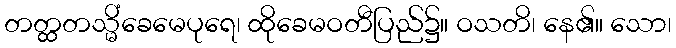
တတ္ထတသ္မိံခေမေပုရေ၊ ထိုခေမဝတီပြည်၌။ ဝသတိ၊ နေ၏။ သော၊